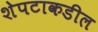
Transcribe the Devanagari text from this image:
शेपटाकडील